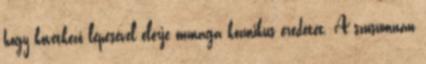
hogy következő lépésével elérje önmaga kozmikus eredetét. A szusumnán